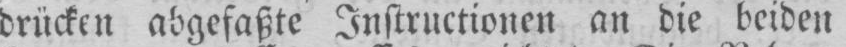
drücken abgefaßte Instructionen an die beiden